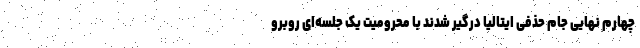
چهارم نهایی جام حذفی ایتالیا درگیر شدند با محرومیت یک جلسه‌ای روبرو